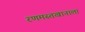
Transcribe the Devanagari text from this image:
रणमस्तखानाला